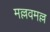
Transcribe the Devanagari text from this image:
मल्लवमल्ल